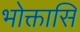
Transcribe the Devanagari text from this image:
भोक्तासि